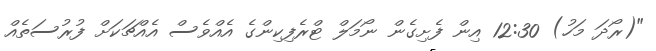
"(ރޯދަ މަހު) 12:30 އިން ފެށިގެން ނޯމަލް ޓްރެފިކިންގެ އެއްވެސް އެއްޗަކަށް ފުރުސަތެއް